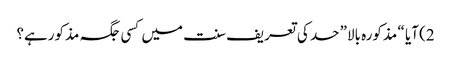
2) آیا “ مذکورہ بالا” حد کی تعریف سنت میں کسی جگہ مذکورہے؟